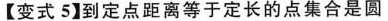
【变式5】到定点距离等于定长的点集合是圆